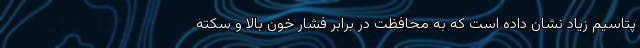
پتاسیم زیاد نشان داده است که به محافظت در برابر فشار خون بالا و سکته